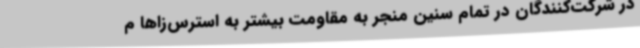
در شرکت‌کنندگان در تمام سنین منجر به مقاومت بیشتر به استرس‌زاها م